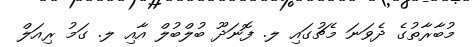
މުބާރާތުގެ ދެވަނަ މެޗުގައި ލ. ފޮނަދޫ ބުލްބުލް އާއި ލ. ގަމު ރިއަލް